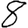
Digit: 8